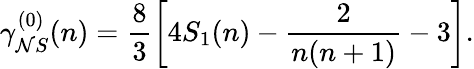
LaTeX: \gamma_{\mathcal{N}S}^{(0)}(n)=\frac{{8}}{{3}}\bigg[4S_{1}(n)-\frac{{2}}{{n(n+1)}}-3\bigg].